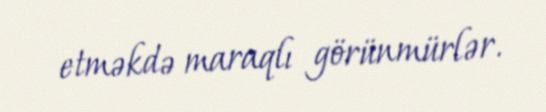
etməkdə maraqlı görünmürlər.